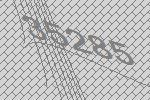
35285